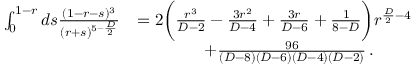
\begin{array} { r l } { \int _ { 0 } ^ { 1 - r } d s \frac { ( 1 - r - s ) ^ { 3 } } { ( r + s ) ^ { 5 - \frac { D } { 2 } } } } & { = 2 \bigg ( \frac { r ^ { 3 } } { D - 2 } - \frac { 3 r ^ { 2 } } { D - 4 } + \frac { 3 r } { D - 6 } + \frac { 1 } { 8 - D } \bigg ) r ^ { \frac { D } { 2 } - 4 } } \\ & { \quad \quad \quad \quad + \frac { 9 6 } { ( D - 8 ) ( D - 6 ) ( D - 4 ) ( D - 2 ) } \, . } \end{array}